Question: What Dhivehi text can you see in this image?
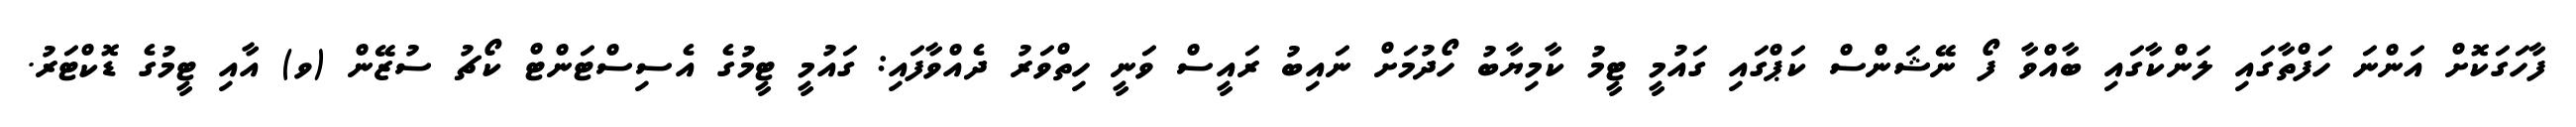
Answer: ފާހަގަކޮށް އަންނަ ހަފްތާގައި ލަންކާގައި ބާއްވާ ފޯ ނޭޝަންސް ކަޕްގައި ގައުމީ ޓީމު ކާމިޔާބު ހޯދުމަށް ނައިބު ރައީސް ވަނީ ހިތްވަރު ދެއްވާފައި: ގައުމީ ޓީމުގެ އެސިސްޓަންޓް ކޯޗު ސުޒޭން (ވ) އާއި ޓީމުގެ ޑޮކްޓަރު.